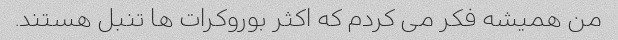
من همیشه فکر می کردم که اکثر بوروکرات ها تنبل هستند.